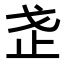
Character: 𭟰